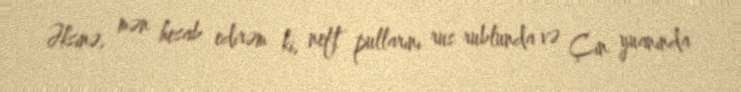
Əksinə, mən hesab edirəm ki, neft pullarını rus rublunda və Çin yuanında